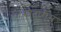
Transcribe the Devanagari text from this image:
मोटारीस